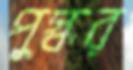
পুস্কর